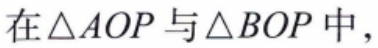
在\(\triangle AOP\)与\(\triangle BOP\)中，